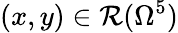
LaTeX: (x,y)\in\mathcal{R}(\Omega^{5})